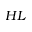
H L